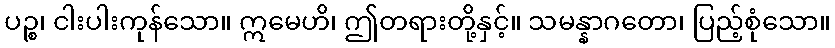
ပဉ္စ၊ ငါးပါးကုန်သော။ ဣမေဟိ၊ ဤတရားတို့နှင့်။ သမန္နာဂတော၊ ပြည့်စုံသော။